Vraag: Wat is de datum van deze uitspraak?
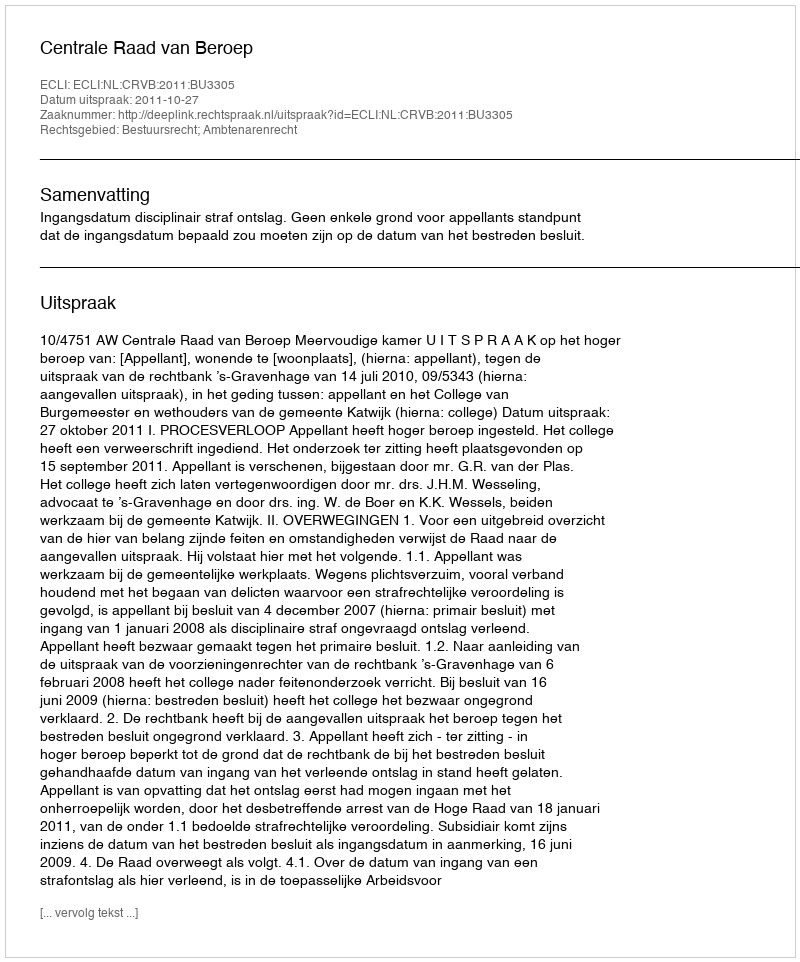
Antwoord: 2011-10-27